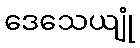
ဒေသေယျုံ